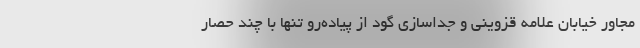
مجاور خیابان علامه قزوینی و جداسازی گود از پیاده‌رو تنها با چند حصار